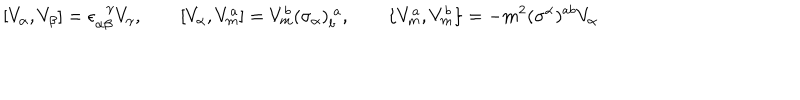
[ V _ { \alpha } , V _ { \beta } ] = \epsilon _ { \alpha \beta } ^ { \! \gamma } V _ { \gamma } , \qquad [ V _ { \alpha } , V _ { m } ^ { a } ] = V _ { m } ^ { b } ( \sigma _ { \alpha } ) _ { b } ^ { ~ a } , \qquad \{ V _ { m } ^ { a } , V _ { m } ^ { b } \} = - m ^ { 2 } ( \sigma ^ { \alpha } ) ^ { a b } V _ { \alpha }